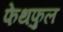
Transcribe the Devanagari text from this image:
फेथफुल